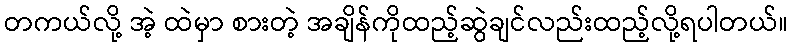
တကယ်လို့ အဲ့ ထဲမှာ စားတဲ့ အချိန်ကိုထည့်ဆွဲချင်လည်းထည့်လို့ရပါတယ်။